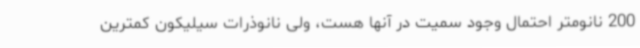
200 نانومتر احتمال وجود سمیت در آنها هست، ولی نانوذرات سیلیکون کمترین